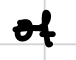
Text: of
Cross-out: single-line
Writing tool: digital_black